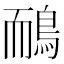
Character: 鴯